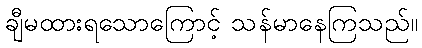
ချီမထားရသောကြောင့် သန်မာနေကြသည်။